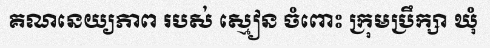
គណនេយ្យភាព របស់ ស្មៀន ចំពោះ ក្រុមប្រឹក្សា ឃុំ